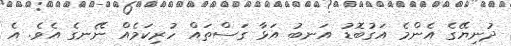
ދުނިޔޭގެ އެންމެ އަގުބޮޑު އަނބު އަޅާ ގަސްތައް ހުރިކަމެއް ނޭނގެ އެވެ. އެ